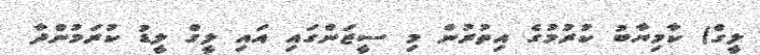
ލީގް) ކާމިޔާބު ކުރުމުގެ އިތުރުން މި ސީޒަންގައި އައި ލީގް ލީޑު ކުރަމުންދާ